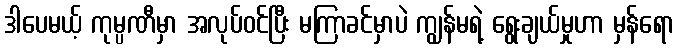
ဒါပေမယ့် ကုမ္ပဏီမှာ အလုပ်ဝင်ပြီး မကြာခင်မှာပဲ ကျွန်မရဲ့ ရွေးချယ်မှုဟာ မှန်ရော